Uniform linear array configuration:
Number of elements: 4
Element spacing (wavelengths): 0.5
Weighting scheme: hamming
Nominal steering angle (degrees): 15
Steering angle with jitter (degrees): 13.597
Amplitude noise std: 0.05
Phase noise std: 0.05

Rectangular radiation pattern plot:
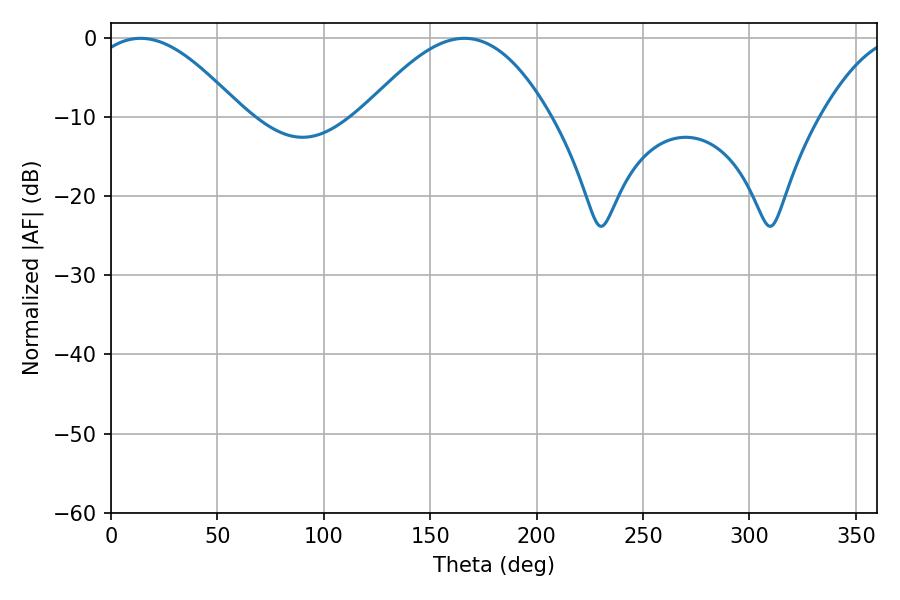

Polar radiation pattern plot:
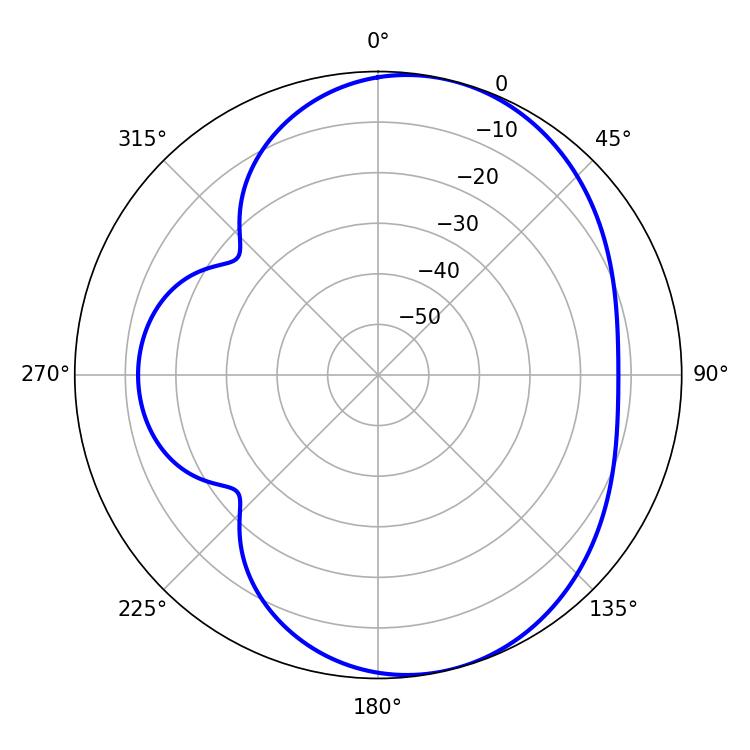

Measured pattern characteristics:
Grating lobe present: FALSE
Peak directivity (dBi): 6.201
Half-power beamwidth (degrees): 38.88
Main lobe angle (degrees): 13.86